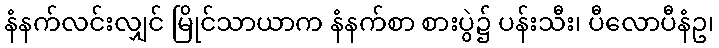
နံနက်လင်းလျှင် မြိုင်သာယာက နံနက်စာ စားပွဲ၌ ပန်းသီး၊ ပီလောပီနံဥ၊